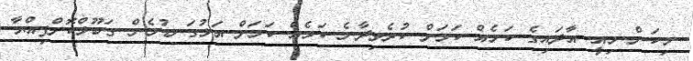
މިކަން މިއީ އާދައިގެ ކަމެއް ކަމަށް ކުރެވިދާނެ ކަމެއް ކަމަށް އަޅުގަނޑުމެން ގަބޫލްކޮށްފިއްޔާ